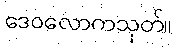
ဒေဝလောကသုတ်။